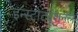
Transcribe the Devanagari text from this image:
इन्स्टीट्यूशनल